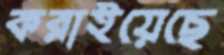
করাইয়েছে